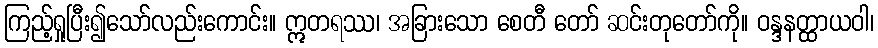
ကြည့်ရှုပြီး၍သော်လည်းကောင်း။ ဣတရဿ၊ အခြားသော စေတီ တော် ဆင်းတုတော်ကို။ ဝန္ဒနတ္ထာယဝါ၊